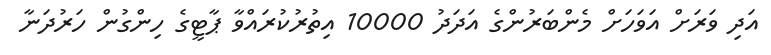
އަދި ވަރަށް އަވަހަށް މެންބަރުންގެ އަދަދު 10000 އިތުރުކުރައްވާ ޕާޓީގެ ހިންގުން ހަރުދަނާ